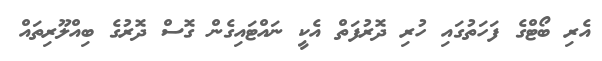
އެރި ބޯޓްގެ ފަހަތުގައި ހުރި ދޮރުފަތް އެކީ ނައްޓައިގެން ގޮސް ދޮރުގެ ބިއްލޫރިތައް